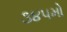
૩૪૫મો